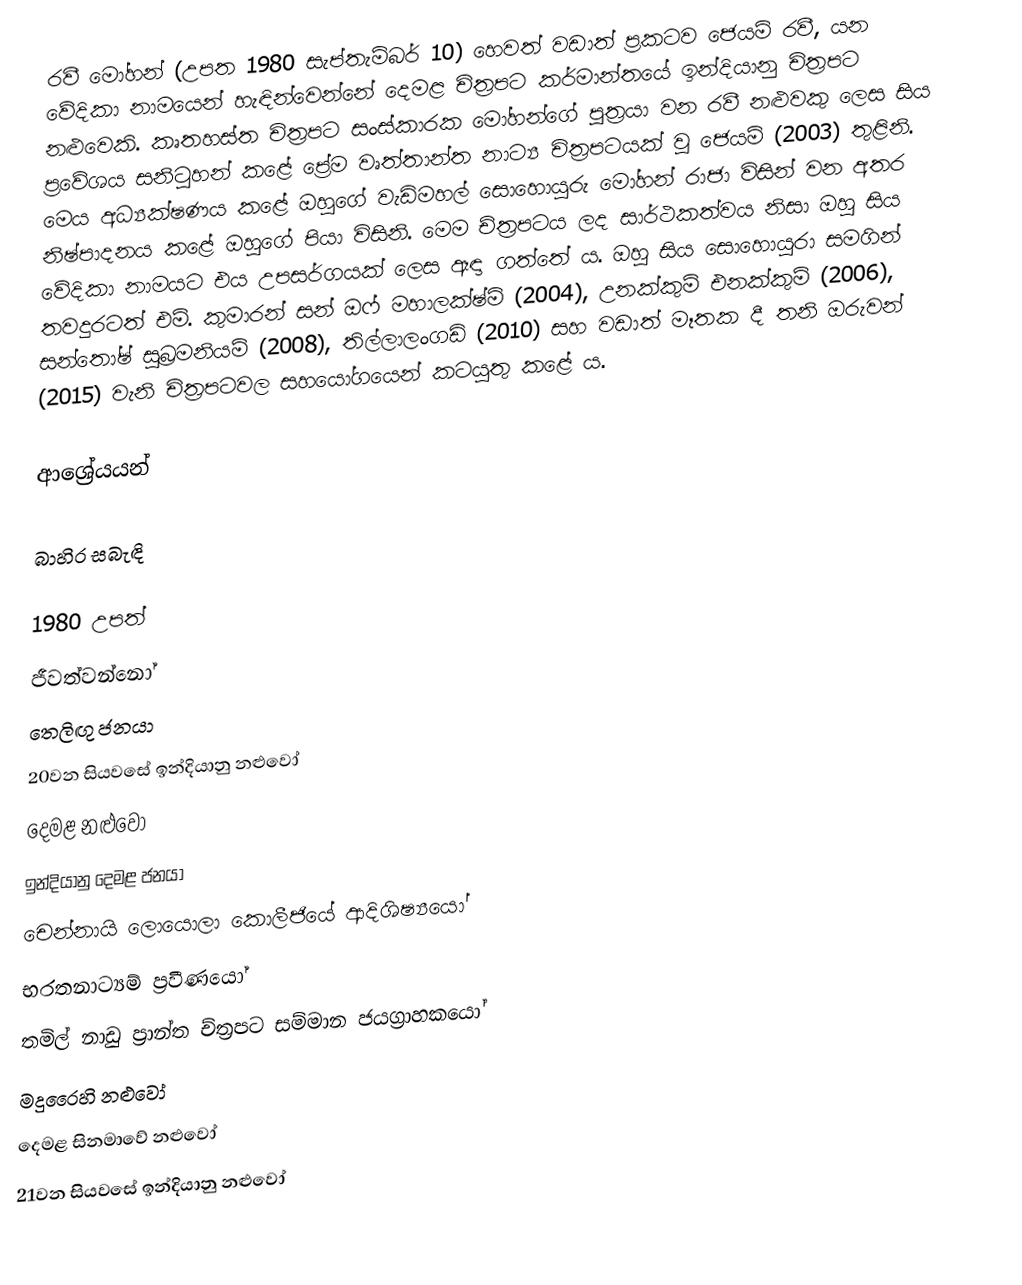
රවී මෝහන් (උපත 1980 සැප්තැම්බර් 10) හෙවත් වඩාත් ප්‍රකටව ජෙයම් රවී,  යන වේදිකා නාමයෙන් හැඳින්වෙන්නේ දෙමළ චිත්‍රපට කර්මාන්තයේ ඉන්දියානු චිත්‍රපට නළුවෙකි. කෘතහස්ත චිත්‍රපට සංස්කාරක මෝහන්ගේ පුත්‍රයා වන රවී නළුවකු ලෙස සිය ප්‍රවේශය සනිටුහන් කළේ ප්‍රේම වෘත්තාන්ත නාට්‍ය චිත්‍රපටයක් වූ ජෙයම් (2003) තුළිනි. මෙය අධ්‍යක්ෂණය කළේ ඔහුගේ වැඩිමහල් සොහොයුරු මෝහන් රාජා විසින් වන අතර නිෂ්පාදනය කළේ ඔහුගේ පියා විසිනි. මෙම ච්ත්‍රපටය ලද සාර්ථකත්වය නිසා ඔහු සිය වේදිකා නාමයට එය උපසර්ගයක් ලෙස ඈඳා ගත්තේ ය. ඔහු සිය සොහොයුරා සමගින් තවදුරටත් එම්. කුමාරන් සන් ඔෆ් මහාලක්ෂ්මි (2004), උනක්කුම් එනක්කුම් (2006), සන්තෝෂ් සුබ්‍රමනියම් (2008), තිල්ලාලංගඩි (2010) සහ වඩාත් මෑතක දී තනි ඔරුවන් (2015) වැනි චිත්‍රපටවල සහයෝගයෙන් කටයුතු කළේ ය.

ආශ්‍රේයයන්

බාහිර සබැඳි

1980 උපත්
ජීවත්වන්නෝ
තෙලිඟු ජනයා
20වන සියවසේ ඉන්දියානු නළුවෝ
දෙමළ නළුවෝ
ඉන්දියානු දෙමළ ජනයා
චෙන්නායි ලොයොලා කොලීජියේ ආදිශිෂ්‍යයෝ
භරතනාට්‍යම් ප්‍රවීණයෝ
තමිල් නාඩු ප්‍රාන්ත ච්ත්‍රපට සම්මාන ජයග්‍රාහකයෝ
මදුරෛහි නළුවෝ
දෙමළ සිනමාවේ නළුවෝ
21වන සියවසේ ඉන්දියානු නළුවෝ